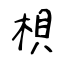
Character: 梖